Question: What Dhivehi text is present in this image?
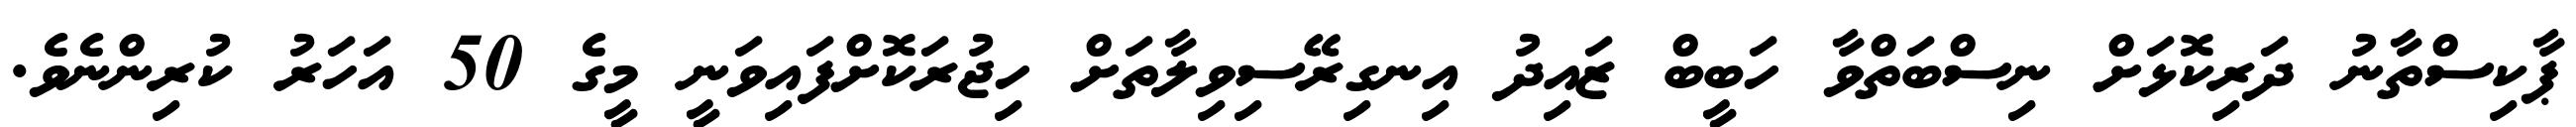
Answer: ޕާކިސްތާނު ދަރިކޮޅަށް ނިސްބަތްވާ ހަބީބް ޒައިދު އިނގިރޭސިވިލާތަށް ހިޖުރަކޮށްފައިވަނީ މީގެ 50 އަހަރު ކުރިންނެވެ.